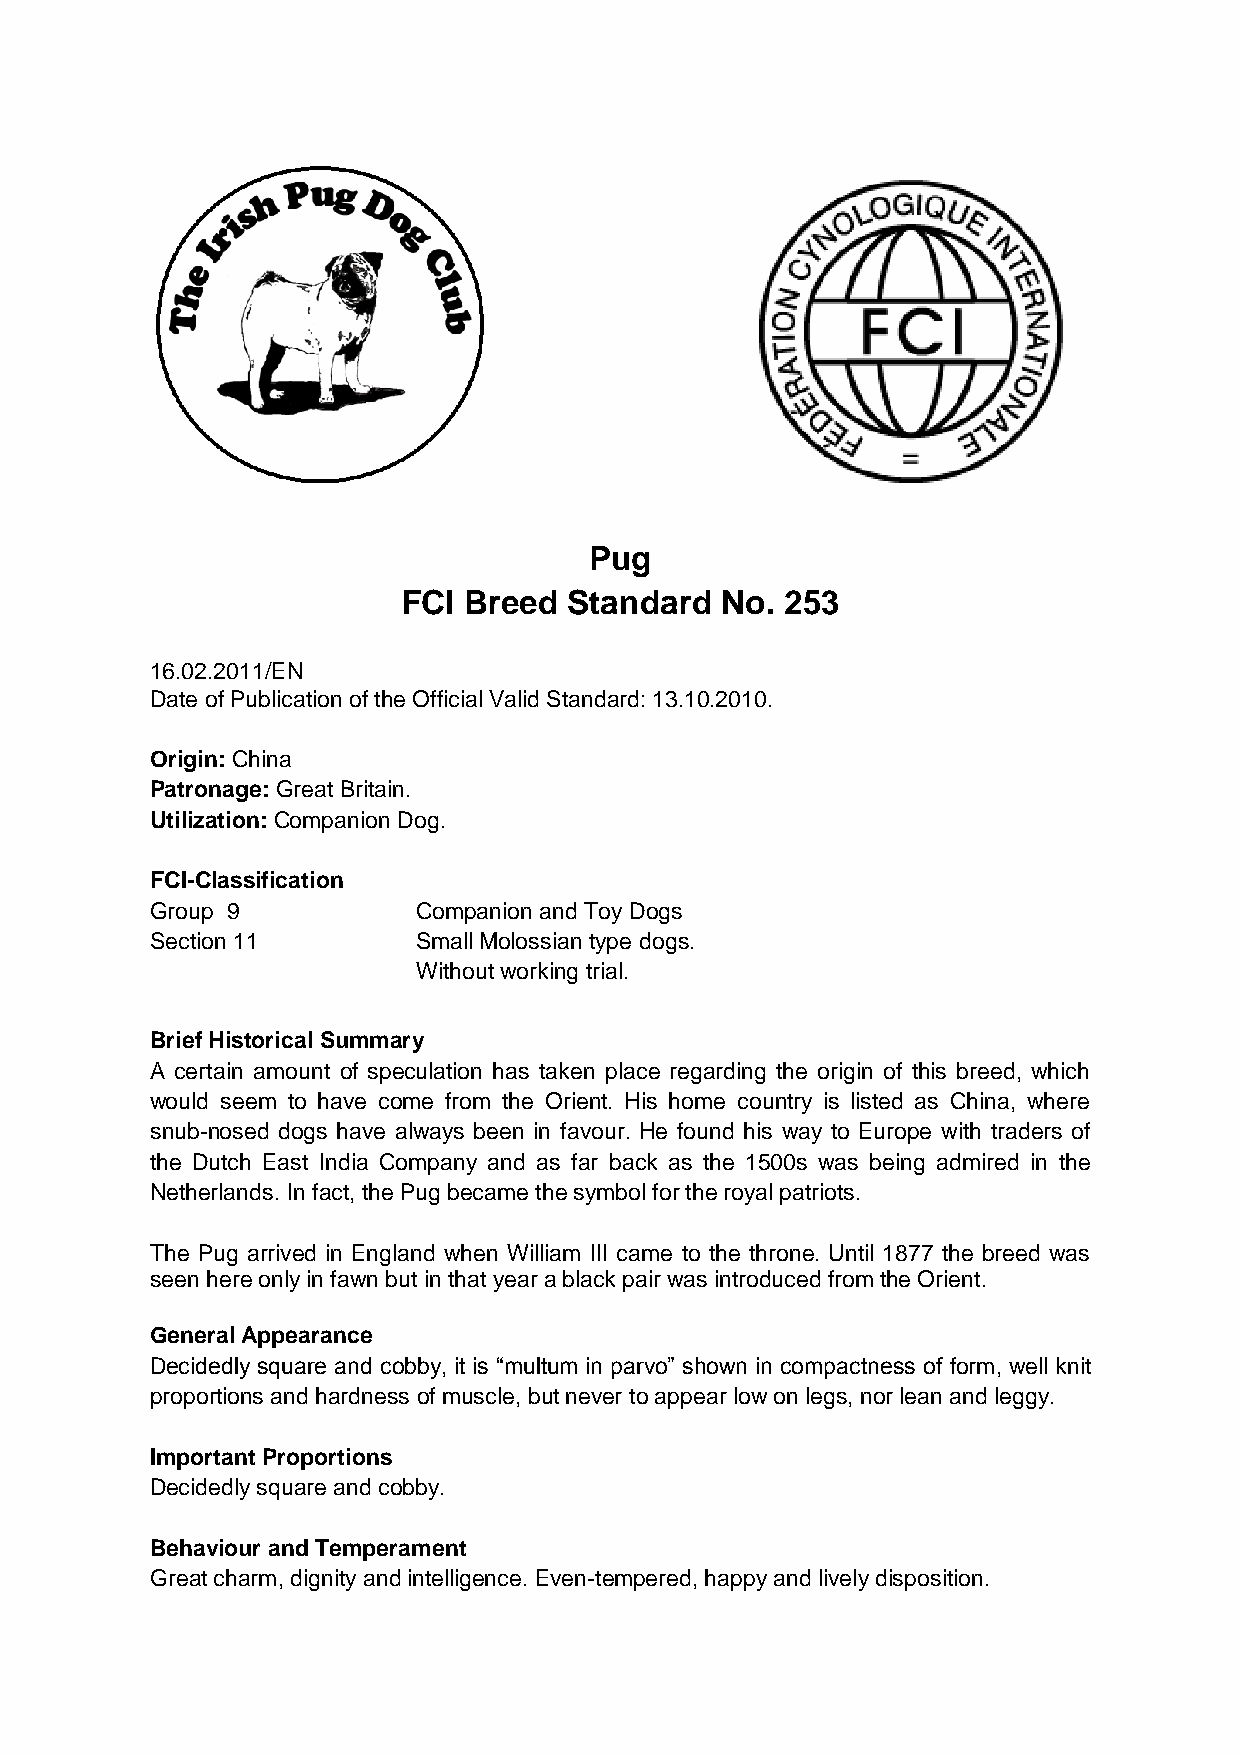
Pug
 FCI Breed  Standard  No. 253
 16.02.2011/EN
 Date of Publication of the Official Valid Standard: 13.10.2010.
 Origin: China
 Patronage: Great Britain.
 Utilization: Companion Dog.
 FCI-Classification
 Group 9           Companion and Toy Dogs
 Section 11        Small Molossian type dogs.
 Without working trial.
 Brief Historical Summary
 A certain amount of speculation has taken place regarding the origin of this breed, which
 would seem to have come from the Orient. His home country is listed as China, where
 snub-nosed dogs have always been in favour. He found his way to Europe with traders of
 the Dutch East India Company and as far back as the 1500s was being admired in the
 Netherlands. In fact, the Pug became the symbol for the royal patriots.
 The Pug arrived in England when William III came to the throne. Until 1877 the breed was
 seen here only in fawn but in that year a black pair was introduced from the Orient.
 General Appearance
 Decidedly square and cobby, it is “multum in parvo” shown in compactness of form, well knit
 proportions and hardness of muscle, but never to appear low on legs, nor lean and leggy.
 Important Proportions
 Decidedly square and cobby.
 Behaviour and Temperament
 Great charm, dignity and intelligence. Even-tempered, happy and lively disposition.